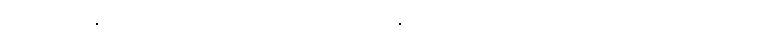
အမေရိကန် ပြည်ထောင်စု တွင် ထိုဆေးကို ရနိုင်သည့်နေရာ တစ်နေရာသာ ရှိသည့်သဘော